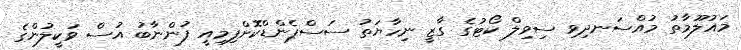
މައުލޫމާތު މުއްސަނދިވި ސިވިލް ކޯޓުގެ ގާޒީ ނިހާޔަތު ސަސްޕެންޑްކޮށްފިމިއީ ފުންނާބު އުސް ވަކީލުންގެ